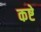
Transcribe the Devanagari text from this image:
कष्टे